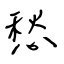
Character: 愁